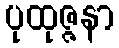
ပုထုဇ္ဇနာ